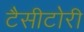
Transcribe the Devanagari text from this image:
टैसीटोरी